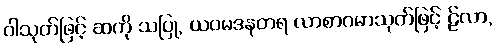
ဝါသုတ်ဖြင့် ဆကို သပြု, ယဝမဒနတရ လာစာဂမာသုတ်ဖြင့် ဠ်လာ,